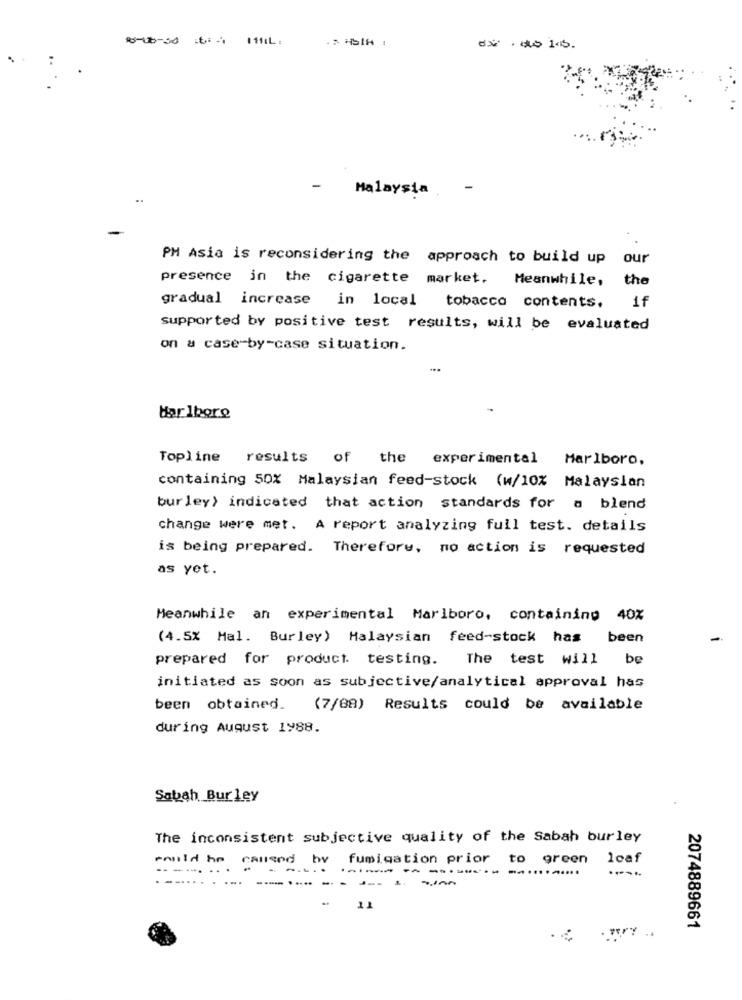
8-10-30 :6: 11L
-
Malaysia
..
PM Asia is reconsidering the approach to build up our
presence in the cigarette market. Meanwhile, the
gradual increase in local tobacco contents, if
supported by positive test results, will be evaluated
on a case-by-case situation.
Har Ibore
Topline results of the experimental
Marlboro,
containing 50% Malaysian feed-stock (w/10% Malaysian
burley> indicated that action standards for a blend
change were met. A report analyzing full test. details
is being prepared. Therefore, no action is requested
as yet.
Meanwhile an experimental Marlboro, containing 40%
(4.5% Mal. Burley) Malaysian feed-stock has been
prepared for product testing.
The test will be
initiated as soon as subjective/analytical approval has
been obtained.
(7/08) Results could be available
during August 1988.
Sabah Burley
The inconsistent subjective quality of the Sabah burley
ennld he caused by fumigation prior to green
loaf
.--- --
-.......
---
....
--
11
2074889661